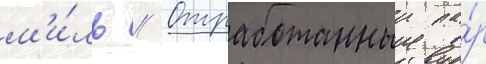
м'и́ль // Отработанныи па́р